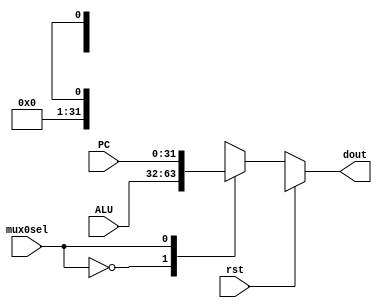
`timescale 1ns / 1ps
//////////////////////////////////////////////////////////////////////////////////
// Company: 
// Engineer: 
// 
// Design Name: 
// Module Name: mux0
// Project Name: 
// Target Devices: 
// Tool Versions: 
// Description: 
// 
// Dependencies: 
// 
// Revision:
// Revision 0.01 - File Created
// Additional Comments:
// 
//////////////////////////////////////////////////////////////////////////////////


module mux0 
/*** PARAMETERS ***/
#(parameter
    DATA_WL     = 32,
    ADDR_RF_WL  = 5,
    ADDR_MEM    = 32,
    IMMED_WL    = 16,
    JUMP_WL     = 26
)
/*** IN/OUT ***/
(
    // IN
    input                       rst,
                                mux0sel,
    input [ADDR_MEM - 1 : 0]    PC, // mux0sel = 1
                                ALU, // mux0sel = 0
    // OUT
    output reg [ADDR_MEM - 1 : 0]   dout
);
    always @(*)
    begin
        if(rst) dout = 1'bx;
        else
        begin
            case(mux0sel)
            0:
            begin
                dout = ALU;
            end
            1:
            begin
                dout = PC;
            end
            default dout = 1'bx;
            endcase
        end
    end
endmodule